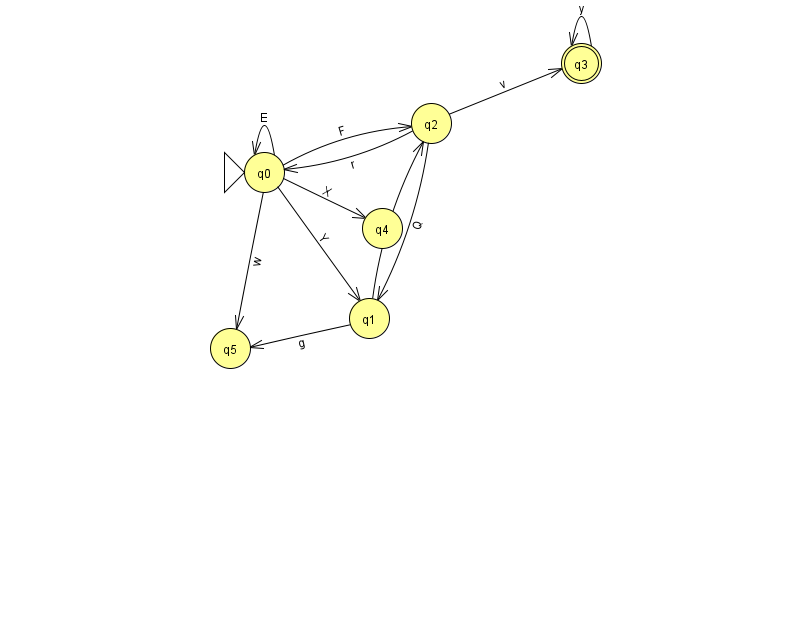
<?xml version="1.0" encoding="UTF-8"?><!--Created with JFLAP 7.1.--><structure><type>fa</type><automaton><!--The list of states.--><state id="0" name="q0"><x>264.0</x><y>159.0</y><initial/></state><state id="1" name="q1"><x>369.0</x><y>305.0</y></state><state id="2" name="q2"><x>431.0</x><y>110.0</y></state><state id="3" name="q3"><x>581.0</x><y>50.0</y><final/></state><state id="4" name="q4"><x>382.0</x><y>215.0</y></state><state id="5" name="q5"><x>230.0</x><y>335.0</y></state><!--The list of transitions.--><transition><from>0</from><to>1</to><read>Y</read></transition><transition><from>2</from><to>0</to><read>r</read></transition><transition><from>0</from><to>5</to><read>w</read></transition><transition><from>0</from><to>0</to><read>E</read></transition><transition><from>0</from><to>2</to><read>F</read></transition><transition><from>2</from><to>1</to><read>Q</read></transition><transition><from>3</from><to>3</to><read>y</read></transition><transition><from>1</from><to>5</to><read>g</read></transition><transition><from>2</from><to>3</to><read>v</read></transition><transition><from>0</from><to>4</to><read>X</read></transition><transition><from>1</from><to>2</to><read>g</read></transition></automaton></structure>